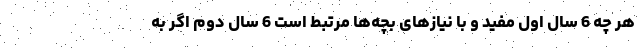
هر چه 6 سال اول مفید و با نیازهای بچه‌ها مرتبط است 6 سال دوم اگر به